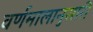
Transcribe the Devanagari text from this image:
वर्णमालानुसारी